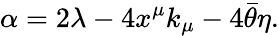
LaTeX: \alpha=2\lambda-4x^{\mu}k_{\mu}-4\bar{\theta}\eta.